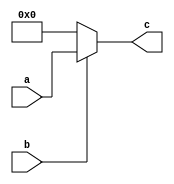
module mul #( 
  parameter BITS = 32
) ( 
  input [BITS-1:0] a,
  input b,
  output [BITS-1:0] c
);

assign c = b ? a : {BITS{1'b0}};

endmodule